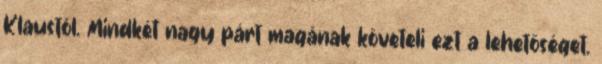
Klaustól. Mindkét nagy párt magának követeli ezt a lehetőséget.